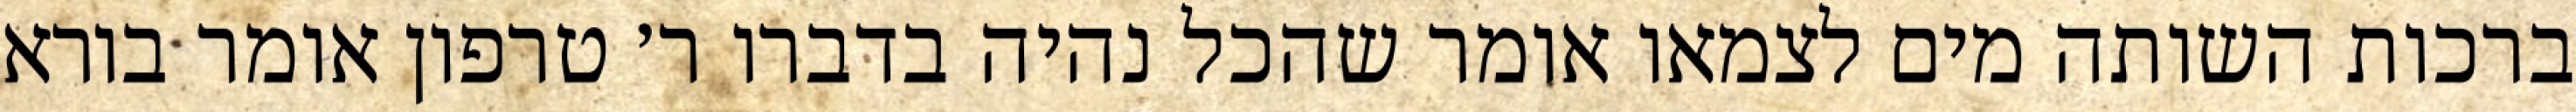
ברכות השותה מים לצמאו אומר שהכל נהיה בדברו ר׳ טרפון אומר בורא